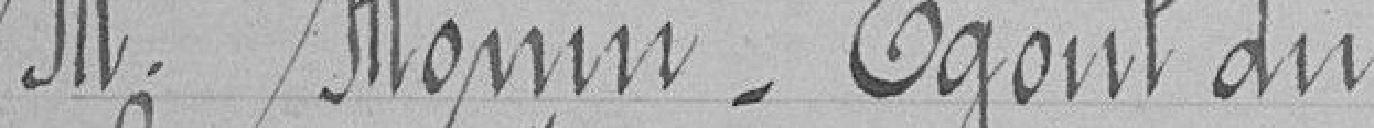
M.Monin_Egout du